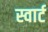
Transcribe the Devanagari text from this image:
स्वार्ट